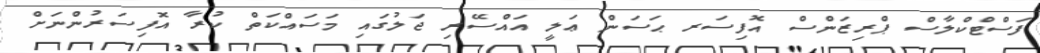
ފަސްޓްކްލާސް ޕްރިޒަންސް އޮފިސަރ ޙަސަން ޢަލީ އައްސޭރި ޖަލުގައި މަސައްކަތް ކުރާ އޮފިސަރުންނަށް